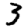
Digit: 3